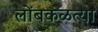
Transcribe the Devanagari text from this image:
लोंबकळत्या